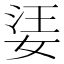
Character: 𡝝